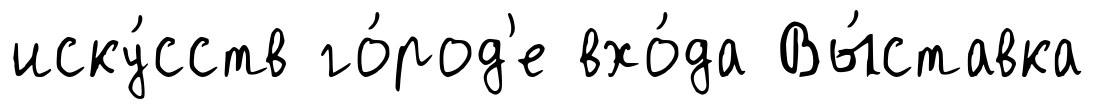
иску́сств го́род'е вхо́да Вы́ставка